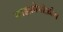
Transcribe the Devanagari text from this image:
साइफ़ोनोफ़ोरा